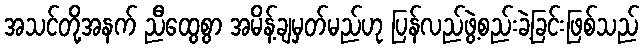
အသင်တို့အနက် ညီထွေစွာ အမိန့်ချမှတ်မည်ဟု ပြန်လည်ဖွဲ့စည်းခဲ့ခြင်းဖြစ်သည်